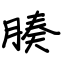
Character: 腠